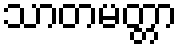
သာတမတ္တာ